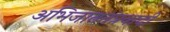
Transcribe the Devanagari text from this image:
अभिजाततंत्रवादी